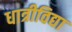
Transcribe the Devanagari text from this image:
धात्रीविद्या